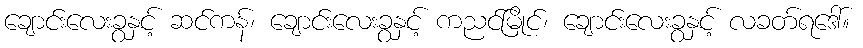
ချောင်းလေးခွနှင့် ဆင်ကန်၊ ချောင်းလေးခွနှင့် ကညင်မြိုင်၊ ချောင်းလေးခွနှင့် လခတ်ရဒေါ်။